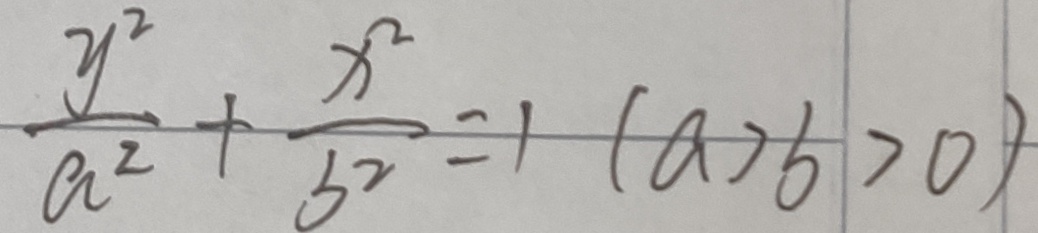
\frac { y ^ { 2 } } { a ^ { 2 } } + \frac { x ^ { 2 } } { 5 ^ { 2 } } = 1 ( a > 6 > 0 )